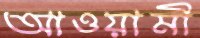
আওয়ামী